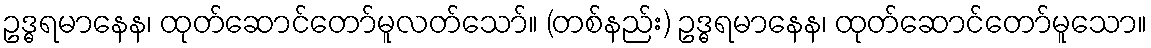
ဥဒ္ဓရမာနေန၊ ထုတ်ဆောင်တော်မူလတ်သော်။ (တစ်နည်း) ဥဒ္ဓရမာနေန၊ ထုတ်ဆောင်တော်မူသော။